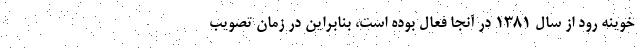
خوینه رود از سال ۱۳۸۱ در آنجا فعال بوده است، بنابراین در زمان تصویب